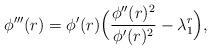
LaTeX: \begin{align*}\phi'''(r)=\phi'(r)\Bigl(\frac{\phi''(r)^2}{\phi'(r)^2}-\lambda_1^r\Bigr),\end{align*}